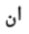
ان